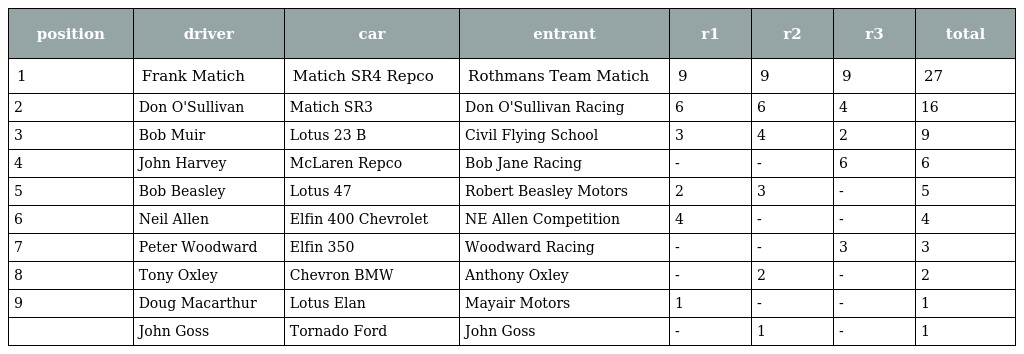
| position | driver | car | entrant | r1 | r2 | r3 | total |
 | --- | --- | --- | --- | --- | --- | --- | --- |
 | 1 | Frank Matich | Matich SR4 Repco | Rothmans Team Matich | 9 | 9 | 9 | 27 |
 | 2 | Don O'Sullivan | Matich SR3 | Don O'Sullivan Racing | 6 | 6 | 4 | 16 |
 | 3 | Bob Muir | Lotus 23 B | Civil Flying School | 3 | 4 | 2 | 9 |
 | 4 | John Harvey | McLaren Repco | Bob Jane Racing | - | - | 6 | 6 |
 | 5 | Bob Beasley | Lotus 47 | Robert Beasley Motors | 2 | 3 | - | 5 |
 | 6 | Neil Allen | Elfin 400 Chevrolet | NE Allen Competition | 4 | - | - | 4 |
 | 7 | Peter Woodward | Elfin 350 | Woodward Racing | - | - | 3 | 3 |
 | 8 | Tony Oxley | Chevron BMW | Anthony Oxley | - | 2 | - | 2 |
 | 9 | Doug Macarthur | Lotus Elan | Mayair Motors | 1 | - | - | 1 |
 |  | John Goss | Tornado Ford | John Goss | - | 1 | - | 1 |